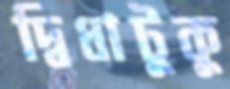
দ্বিধাটুকু